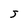
Character: J